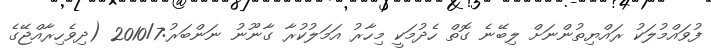
ފުވައްމުލަކު ރައްޔިތުންނަށް ލިބޭނެ ގޮތް ހެދުމަކީ މިހާރު އަމަލުކުރާ ގާނޫނު ނަންބަރު:2010/7 (ދިވެހިރާއްޖޭގެ